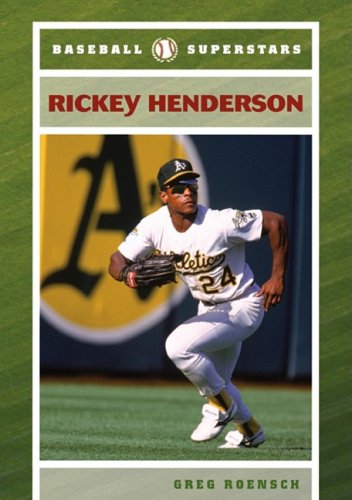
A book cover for Rickey Henderson (Baseball Superstars); Greg Roensch; Teen & Young Adult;